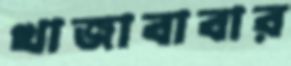
খাজাবাবার